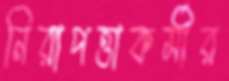
নিরাপত্তাকর্মীর